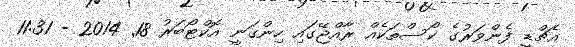
އެޗްޑީ ފެންވަރުގެ ކޯސްތަކެއް ރާއްޖޭގައި ހިންގަނީ އޮކްޓޯބަރު 18